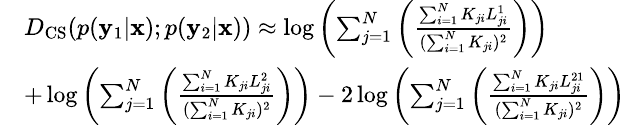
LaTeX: \small\begin{array}{rl}&{D_{\mathrm{CS}}(p(\mathbf{y}_{1}|\mathbf{x});p(\mathbf{y}_{2}|\mathbf{x}))\approx\log\left(\sum_{j=1}^{N}\left(\frac{\sum_{i=1}^{N}K_{ji}L_{ji}^{1}}{(\sum_{i=1}^{N}K_{ji})^{2}}\right)\right)}\\ &{+\log\left(\sum_{j=1}^{N}\left(\frac{\sum_{i=1}^{N}K_{ji}L_{ji}^{2}}{(\sum_{i=1}^{N}K_{ji})^{2}}\right)\right)-2\log\left(\sum_{j=1}^{N}\left(\frac{\sum_{i=1}^{N}K_{ji}L_{ji}^{21}}{(\sum_{i=1}^{N}K_{ji})^{2}}\right)\right)}\end{array}